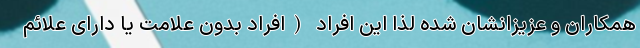
همکاران و عزیزانشان شده لذا این افراد (افراد بدون علامت یا دارای علائم